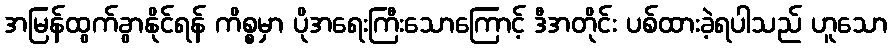
အမြန်ထွက်ခွာနိုင်ရန် ကိစ္စမှာ ပိုအရေးကြီးသောကြောင့် ဒီအတိုင်း ပစ်ထားခဲ့ရပါသည် ဟူသော